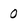
Character: 0